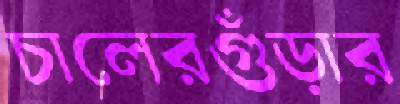
চালেরগুঁড়ার